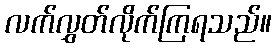
လက်လွှတ်လိုက်ကြရသည်။